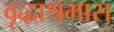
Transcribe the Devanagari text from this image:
वृद्धाश्रमास